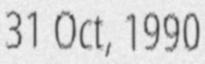
31 Oct, 1990